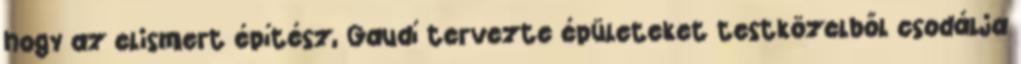
hogy az elismert építész, Gaudí tervezte épületeket testközelből csodálja